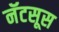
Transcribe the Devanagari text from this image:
नॅटसूस